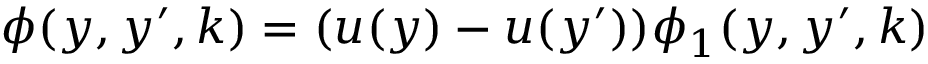
\phi ( y , y ^ { \prime } , k ) = ( u ( y ) - u ( y ^ { \prime } ) ) \phi _ { 1 } ( y , y ^ { \prime } , k )